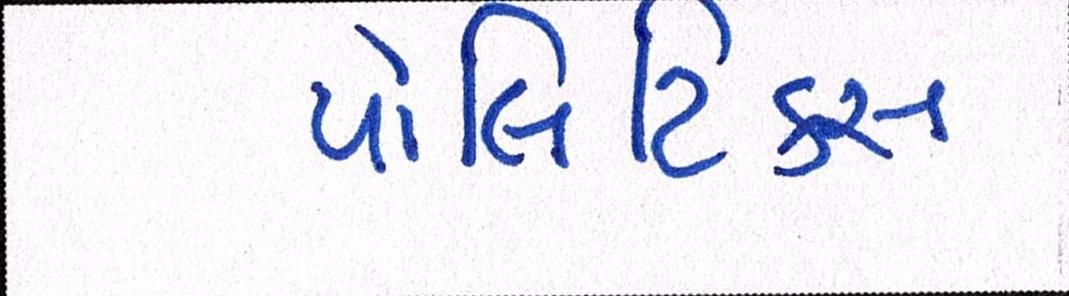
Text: પોલિટિકસ